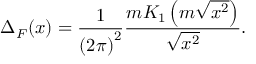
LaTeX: \Delta _ { F } ( x ) = \frac { 1 } { { ( 2 \pi ) } ^ { 2 } } \frac { m K _ { 1 } \left( m \sqrt { x ^ { 2 } } \right) } { \sqrt { x ^ { 2 } } } .